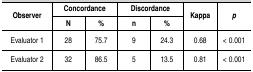
<table><thead><tr><td rowspan="2"><b>Observer</b></td><td colspan="2"><b>Concordance </b></td><td colspan="2"><b>Discordance </b></td><td rowspan="2"><b>Kappa</b></td><td rowspan="2"><b><i>p</i></b></td></tr><tr><td><b>N</b></td><td><b>%</b></td><td><b>n</b></td><td><b>%</b></td></tr></thead><tbody><tr><td>Evaluator 1</td><td>28</td><td>75.7</td><td>9</td><td>24.3</td><td>0.68</td><td>&lt; 0.001</td></tr><tr><td>Evaluator 2</td><td>32</td><td>86.5</td><td>5</td><td>13.5</td><td>0.81</td><td>&lt; 0.001</td></tr></tbody></table>